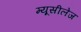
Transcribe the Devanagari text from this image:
म्यूसीलेज